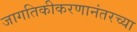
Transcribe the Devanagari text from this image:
जागतिकीकरणानंतरच्या